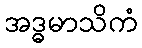
အဒ္ဓမာသိကံ